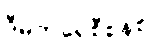
ဒီမိုကရေစီစနစ်